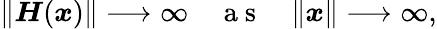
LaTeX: \begin{array}{r}{\| \boldsymbol{H}(\boldsymbol{x})\| \longrightarrow\infty\quad\mathrm{~a~s~}\quad\| \boldsymbol{x}\| \longrightarrow\infty,}\end{array}